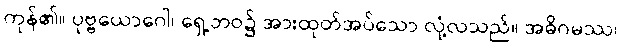
ကုန်၏။ ပုဗ္ဗယောဂေါ၊ ရှေ့ဘဝ၌ အားထုတ်အပ်သော လုံ့လသည်။ အဓိဂမဿ၊